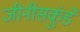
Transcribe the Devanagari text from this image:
जीनीसकुंडे